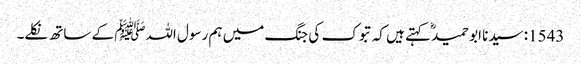
1543: سیدنا ابو حمیدؓ کہتے ہیں کہ تبوک کی جنگ میں ہم رسول اللہﷺ کے ساتھ نکلے۔